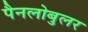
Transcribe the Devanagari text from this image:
पैनलोबुलर